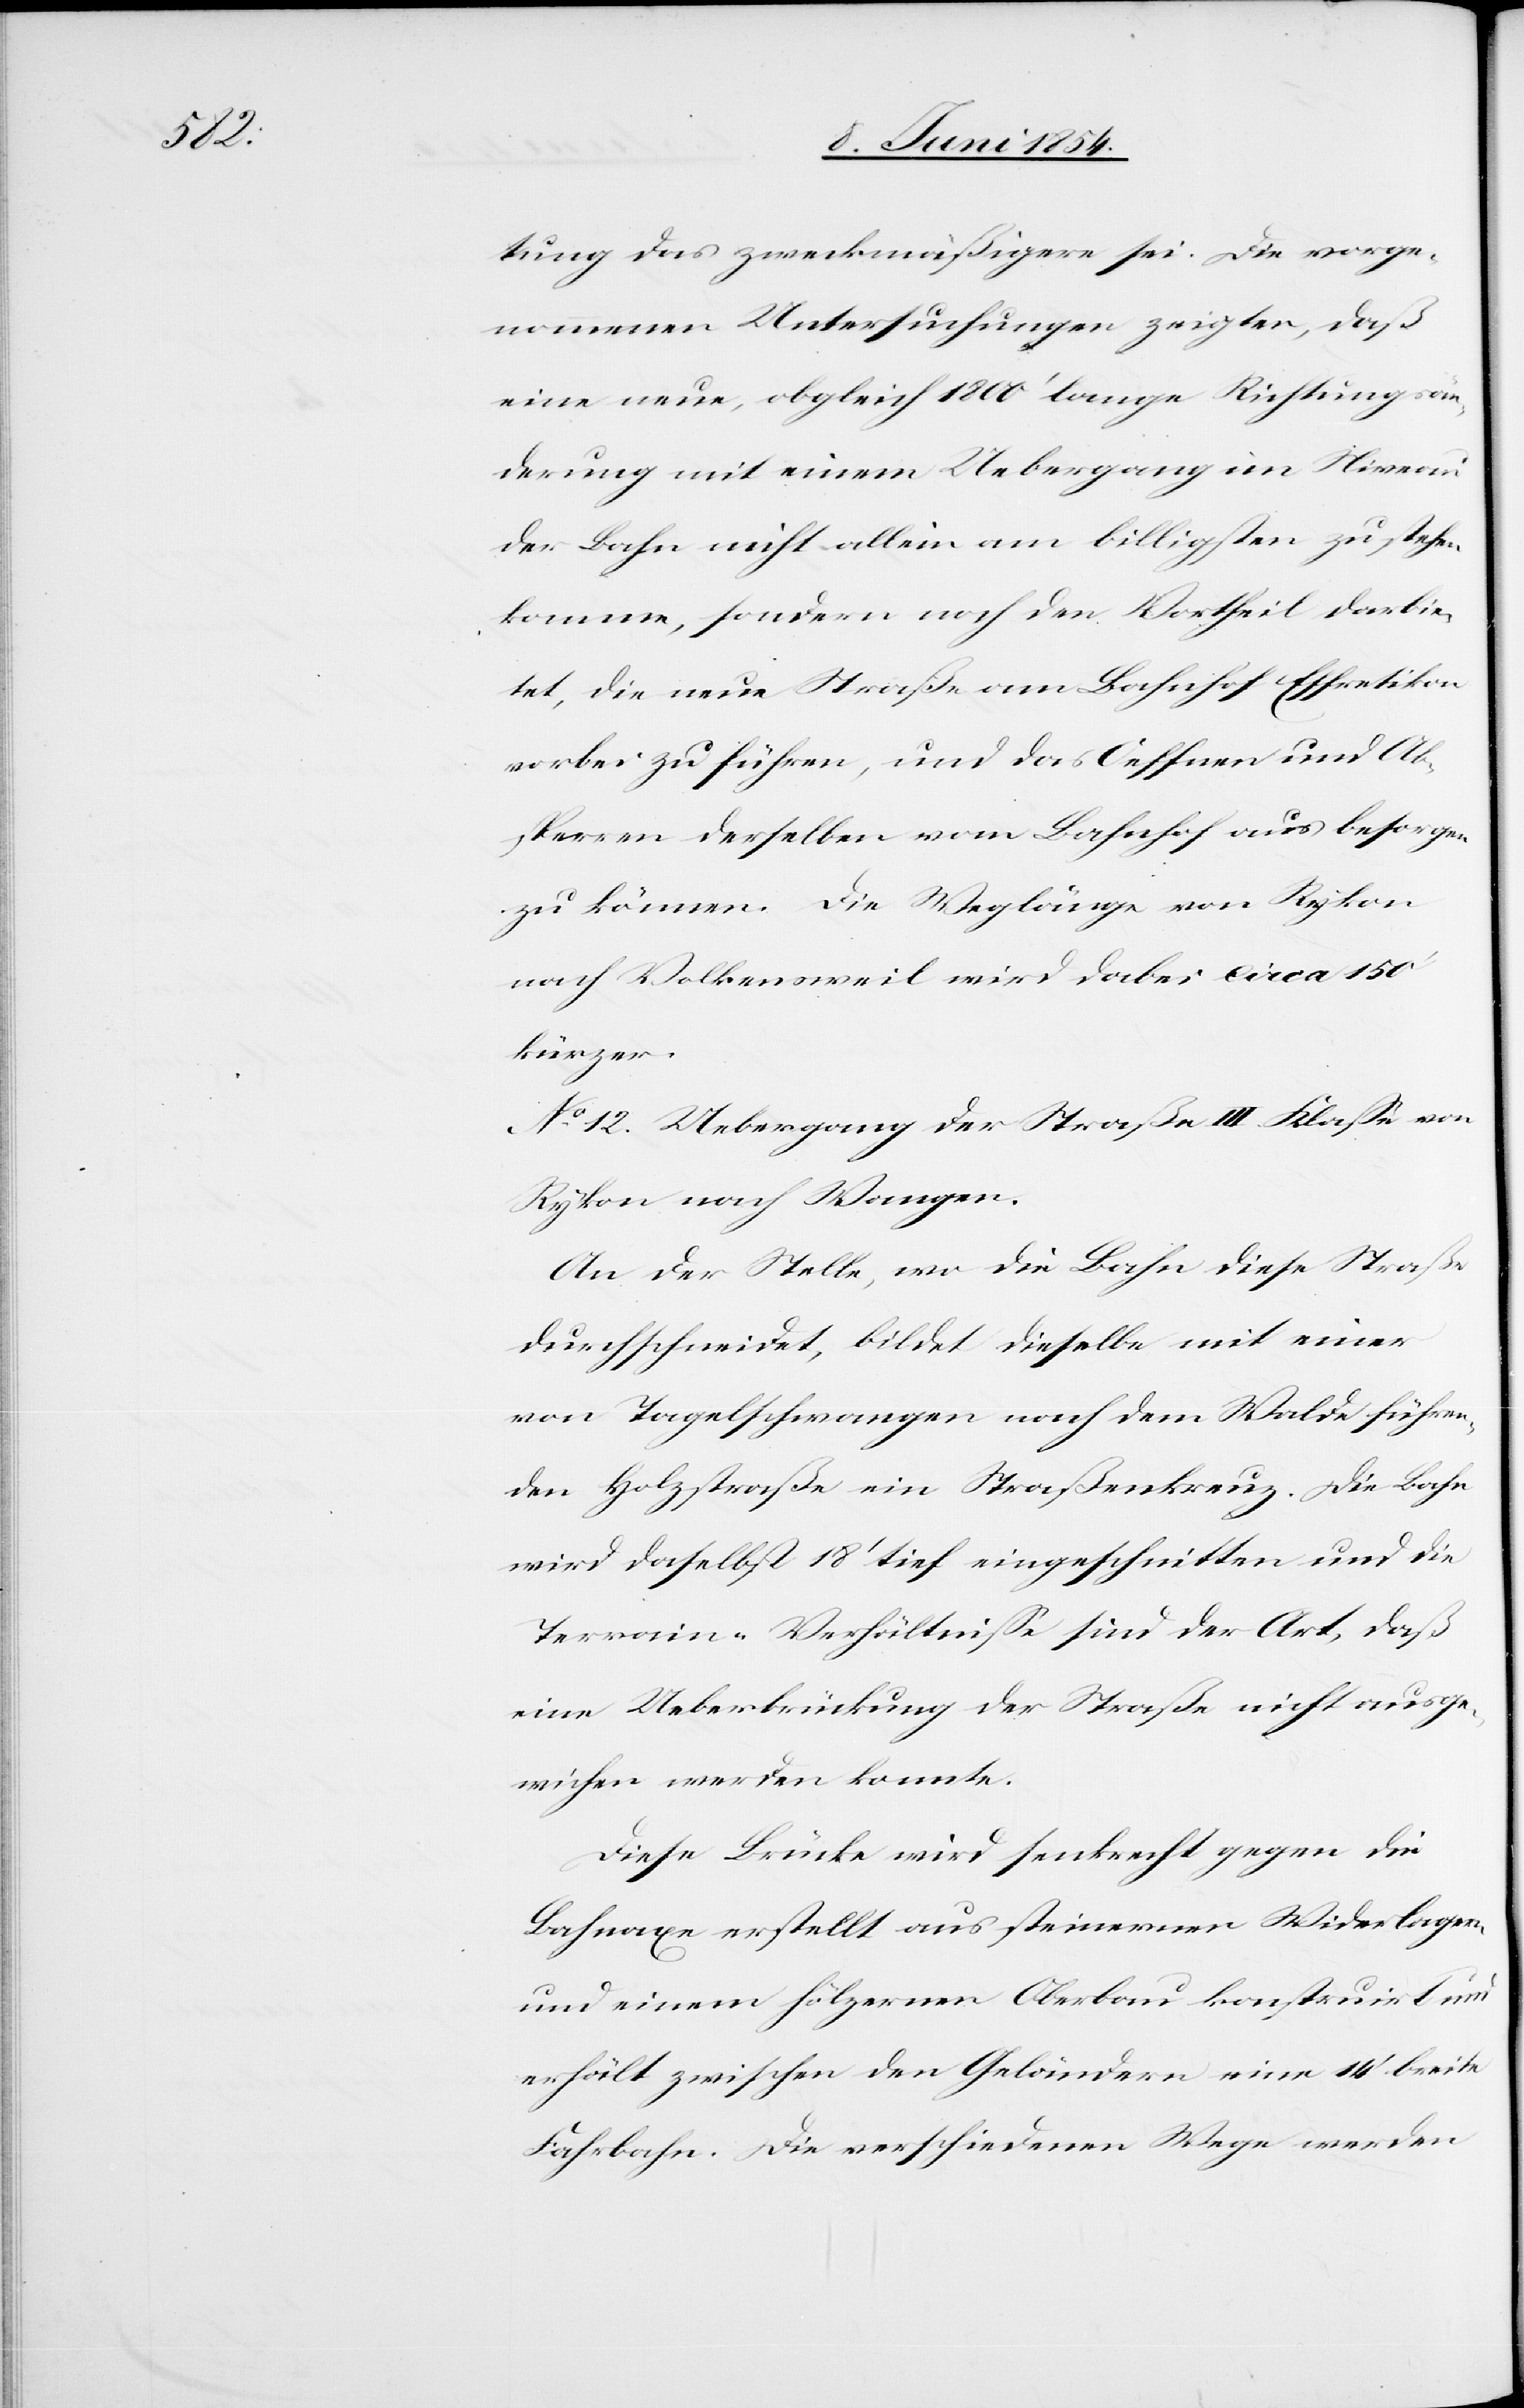
tung das zweckmäßigere sei. Die vorge¬
nommenen Untersuchungen zeigten, daß
eine neue, obgleich 1800‘ lange Richtungsän¬
derung mit einem Uebergang im Niveau
der Bahn nicht allein am billigsten zu stehen
komme, sondern noch den Vortheil darbie¬
te, die neue Straße am Bahnhof Effretikon
vorbei zu führen, und das Oeffnen und Ab¬
sperren derselben vom Bahnhof aus besorgen
zu können. Die Weglänge von Rykon
nach Volkensweil wird dabei circa 150‘
kürzer.
No 12. Uebergang der Straße III. Klaße von
Rykon nach Wangen.
An der Stelle, wo die Bahn diese Straße
durchschneidet, bildet dieselbe mit einer
von Tagelschwangen nach dem Walde führen¬
den Holzstraße ein Straßenkreuz. Die Bahn
wird daselbst 18‘ tief eingeschnitten und die
Terrain-Verhältniße sind der Art, daß
eine[r] Ueberbrückung der Straße nicht ausge¬
wichen werden konnte.
Diese Brücke wird senkrecht gegen die
Bahnaxe erstellt aus steinernen Widerlagern
und einem hölzernen Oberbau konstruirt und
erhält zwischen den Geländen eine 14‘ breite
Fahrbahn. Die verschiedenen Wege werden